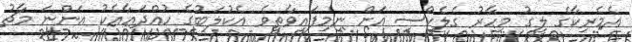
އެމެރިކާގެ ލީގު މިހާރު ގެލެކްސީ އަށް ނިމިފައިވާތީވެ އެކުލަބުގެ ހުއްދައާއެކު އަންނަ މާޗު